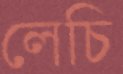
লেচি